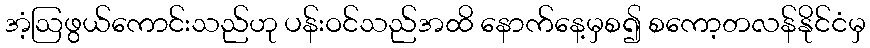
အံ့ဩဖွယ်ကောင်းသည်ဟု ပန်းဝင်သည်အထိ နောက်နေ့မှစ၍ စကော့တလန်နိုင်ငံမှ